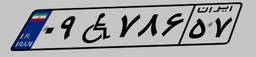
۹۲W۶۷۹۴۷